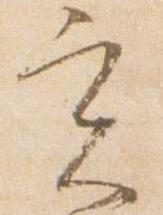
実